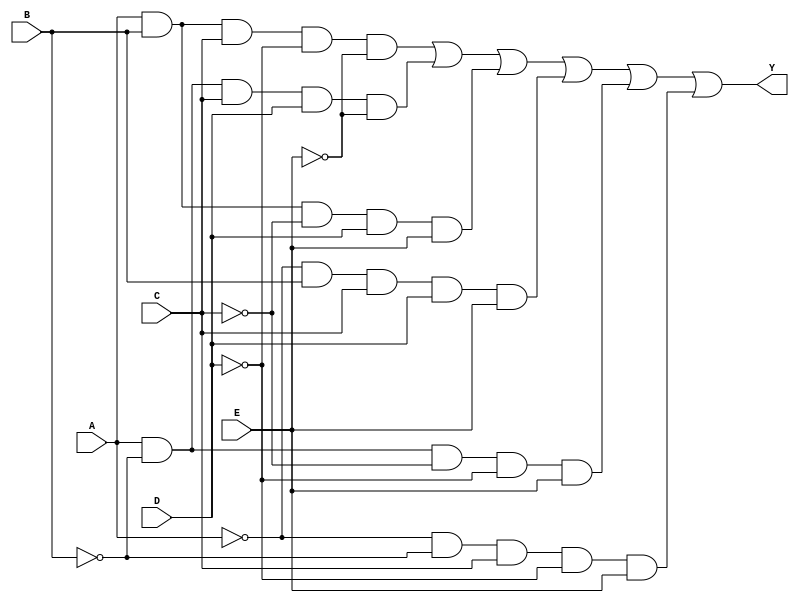
module five_variable_kmap (
    input wire A, // Input variable A
    input wire B, // Input variable B
    input wire C, // Input variable C
    input wire D, // Input variable D
    input wire E, // Input variable E
    output wire Y // Output variable
);

// K-map simplified expression for the five variables A, B, C, D, E
// This is a hypothetical example; replace with your actual K-map logic.
assign Y = (A & B & C & ~D & ~E) | // Group 1
           (A & ~B & C & D & ~E) | // Group 2
           (A & B & ~C & D & E) | // Group 3
           (~A & B & C & D & E) | // Group 4
           (A & ~B & ~C & ~D & E) | // Group 5
           (~A & ~B & C & ~D & E); // Group 6

endmodule